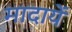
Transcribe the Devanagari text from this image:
मादायें